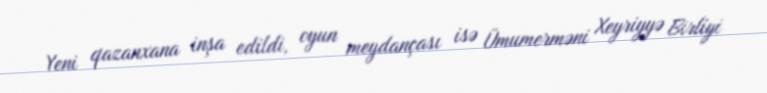
Yeni qazanxana inşa edildi, oyun meydançası isə Ümumerməni Xeyriyyə Birliyi